Annual statistical returns and brief notes on vaccination in Bengal - 1896-1909
Year: 1896
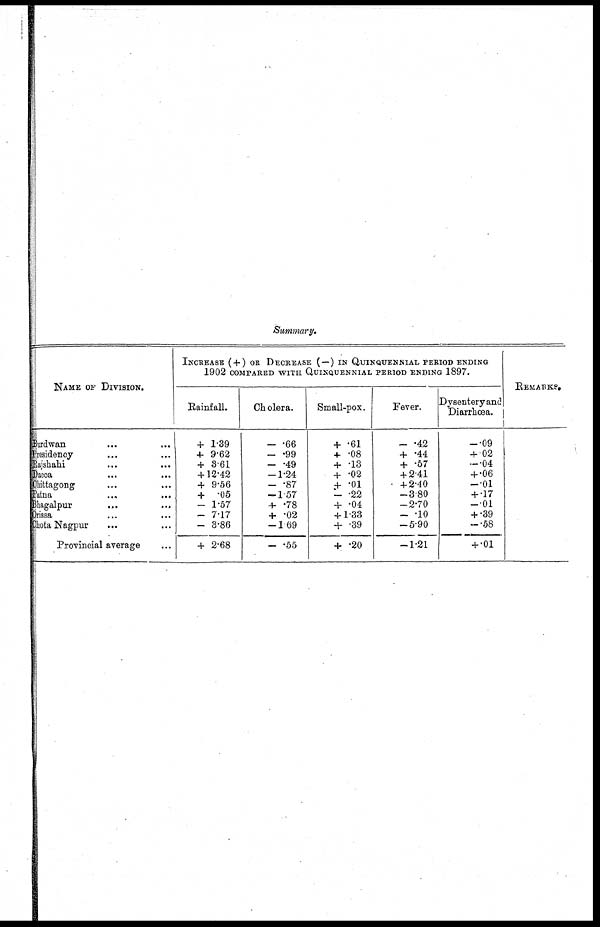
Summary.
NAME OF DIVISION.
Burdwan
...
...
Presidency ... ...
Rajshahi ... ...
Dacca
...
...
Chittagong ... ...
Patna
...
...
Bhagalpur ... ...
Orissa ... ...
Chota Nagpur ... ...
Provincial average ...
INCREASE ( + ) OR DECREASE (—) IN QUINQUENNIAL PERIOD ENDING
1902 COMPARED WITH QUINQUNNNIAL PERIOD ENDING 1897.
Rainfall.
+ 1.39
+ 9.62
+ 3.61
+ 12.42
+ 9.56
+ .05
— 1.57
— 7.17
— 3.86
+ 2.68
Cholera.
— .66
— .99
— .49
—1.24
— .87
—1.57
+ .78
+ .02
—1.69
— .55
Small-pox.
+ .61
+ .08
+ .13
+ .02
+ .01
— .22
+ .04
+ 1.33
+ .39
+ .20
Fever.
— .42
+ .44
+ .57
+ 2.41
+2.40
—3.80
—2.70
— .10
—5.90
—1.21
Dysentery and
Diarrhœa.
—.09
+ .02
—.04
+ .06
—.01
+ .17
—.01
+ .39
—.58
+ .01
REMARKS.